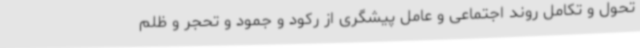
تحول و تکامل روند اجتماعی و عامل پیشگری از رکود و جمود و تحجر و ظلم